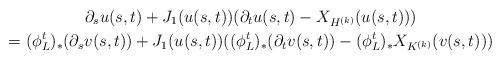
LaTeX: \begin{gather*}\partial _su(s,t)+J_1(u(s,t))(\partial_tu(s,t)-X_{H^{(k)}}(u(s,t))) \\=(\phi_L^t)_*(\partial_sv(s,t))+J_1(u(s,t))((\phi_L^t)_*(\partial_tv(s,t))-(\phi_L^t)_*X_{K^{(k)}}(v(s,t)))\end{gather*}